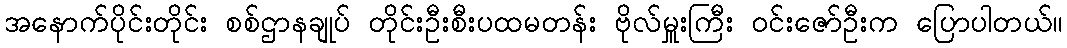
အနောက်ပိုင်းတိုင်း စစ်ဌာနချုပ် တိုင်းဦးစီးပထမတန်း ဗိုလ်မှူးကြီး ဝင်းဇော်ဦးက ပြောပါတယ်။